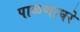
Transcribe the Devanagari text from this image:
पाळणाघरे